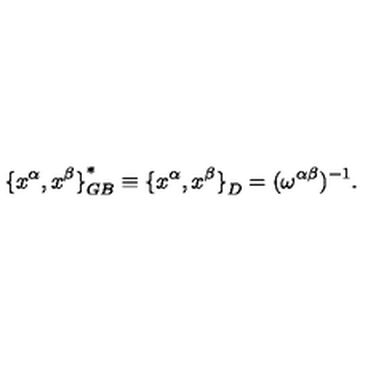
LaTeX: { \{ x ^ { \alpha } , x ^ { \beta } \} } _ { G B } ^ { \ast } \equiv { \{ x ^ { \alpha } , x ^ { \beta } \} } _ { D } = ( \omega ^ { \alpha \beta } ) ^ { - 1 } .